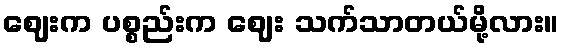
ဈေးက ပစ္စည်းက ဈေး သက်သာတယ်မို့လား။